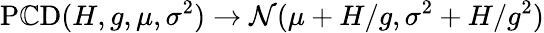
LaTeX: \operatorname{P\mathbb{C}D}(H,g,\mu,\sigma^{2})\to\mathcal{N}(\mu+H/g,\sigma^{2}+H/g^{2})